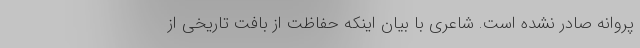
پروانه صادر نشده است. شاعری با بیان اینکه حفاظت از بافت تاریخی از